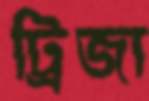
ট্রিজা